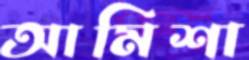
আমিশা